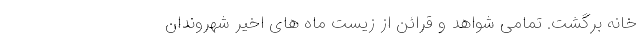
خانه برگشت. تمامی شواهد و قرائن از زیستِ ماه های اخیرِ شهروندانِ